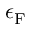
\epsilon _ { \mathrm { { F } } }